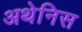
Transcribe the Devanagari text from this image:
अथेनिस